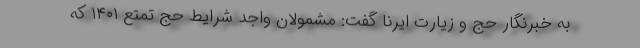
به خبرنگار حج و زیارت ایرنا گفت: مشمولان واجد شرایط حج تمتع ۱۴۰۱ که